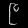
Digit: ၉